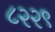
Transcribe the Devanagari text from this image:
८२२९